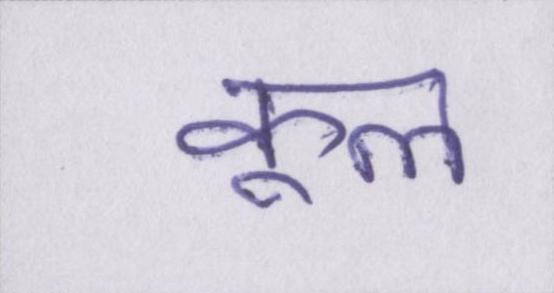
कूल